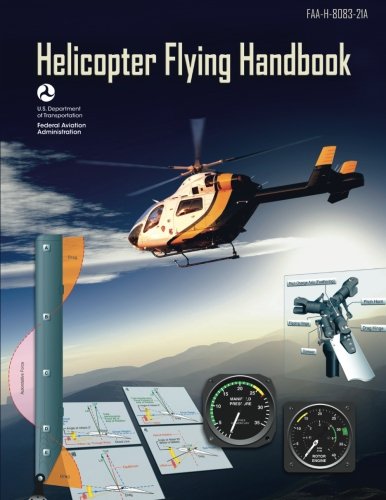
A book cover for Helicopter Flying Handbook (FAA-H-8083-21A); U. S. Department of Transportation; Engineering & Transportation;